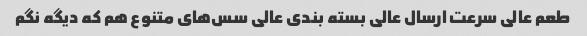
طعم عالی سرعت ارسال عالی بسته بندی عالی سس‌های متنوع هم که دیگه نگم